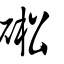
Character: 硹